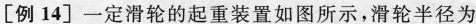
[例14]一定滑轮的起重装置如图所示，滑轮半径为